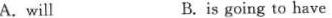
A.will B.is going to have